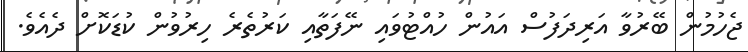
ޖެހުމުން ބޭރުވާ އަރިދަފުސް އައުން ހުއްޓުވައި ނޭފަތާއި ކަރުތެރެ ހިރުވުން ކުޑަކޮށް ދެއެވެ.